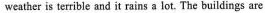
weather is terrible and it rains a lot. The buildings are